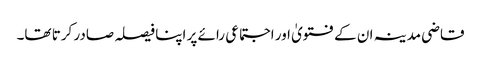
قاضی مدینہ ان کے فتویٰ اور اجتماعی رائے پر اپنا فیصلہ صادر کرتا تھا۔